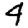
Digit: 4